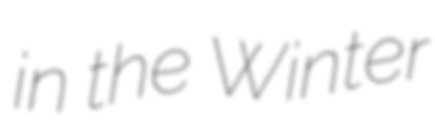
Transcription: in the Winter